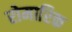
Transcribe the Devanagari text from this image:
रोमारिक